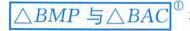
\(\triangle BMP\)与\(\triangle BAC^{\textcircled{1}}\)